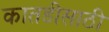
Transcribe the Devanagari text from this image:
कातडीसाठी